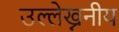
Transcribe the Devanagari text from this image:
उल्लेख्ननीय